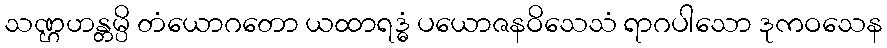
သဏ္ဌဟန္တမ္ပိ တံယောဂတော ယထာရဒ္ဓံ ပယောဇနဝိသေသံ ရာဂပါသော ဒုကဝသေန